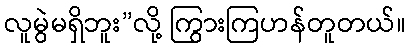
လူမွဲမရှိဘူး”လို့ ကြွားကြဟန်တူတယ်။